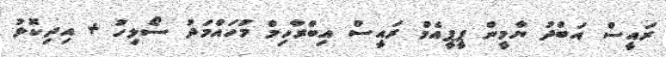
ރައީސް އަބްދު ޔާމީން ޕީޕީއެމް ރައީސް އިބްރާހިމް މުހައްމަދު ސޯލިހު + އިދިކޮޅު